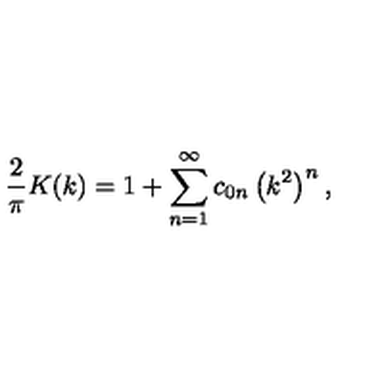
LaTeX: { \frac { 2 } { \pi } } K ( k ) = 1 + \sum _ { n = 1 } ^ { \infty } c _ { 0 n } \left( k ^ { 2 } \right) ^ { n } ,